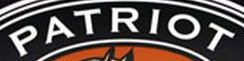
PATRIOT